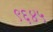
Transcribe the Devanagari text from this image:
९६४५